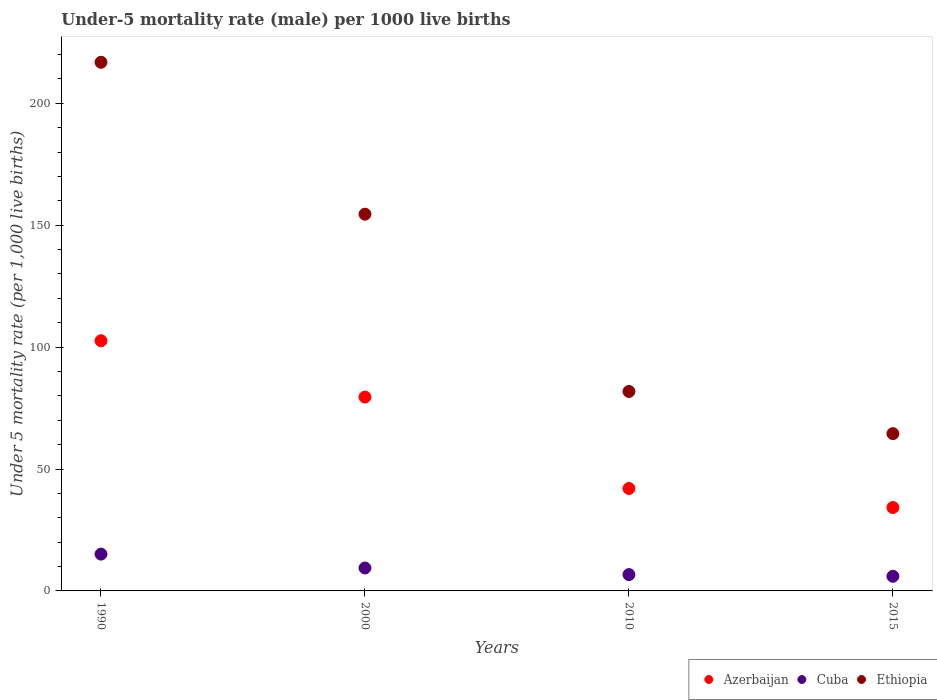
| Years | Azerbaijan | Cuba | Ethiopia |
 | --- | --- | --- | --- |
 | 1990 | 103 | 15.1 | 217 |
 | 2000 | 79.5 | 9.4 | 154 |
 | 2010 | 42 | 6.7 | 81.8 |
 | 2015 | 34.2 | 6 | 64.5 |